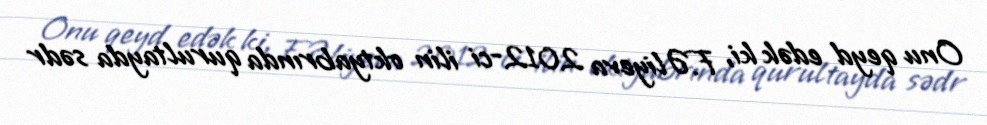
Onu qeyd edək ki, F.Əliyeva 2012-ci ilin oktyabrında qurultayda sədr